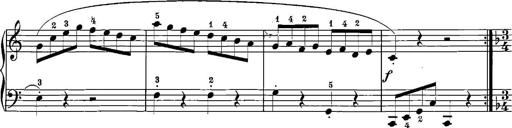
Title: 12 Sonatinas
Composer: Ignaz Pleyel